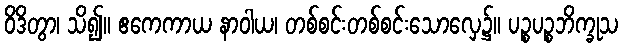
ဝိဒိတွာ၊ သိ၍။ ဧကေကာယ နာဝါယ၊ တစ်စင်းတစ်စင်းသောလှေ၌။ ပဉ္စပဉ္စဘိက္ခုသ